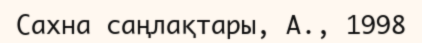
Сахна саңлақтары, A., 1998